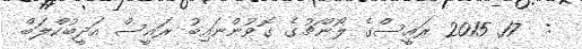
:  17